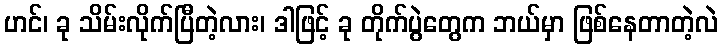
ဟင်၊ ခု သိမ်းလိုက်ပြီတဲ့လား၊ ဒါဖြင့် ခု တိုက်ပွဲတွေက ဘယ်မှာ ဖြစ်နေတာတဲ့လဲ